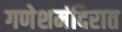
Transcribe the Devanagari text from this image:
गणेशमंदिरात